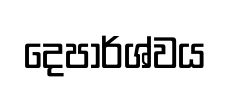
දෙපාර්ශ්වය